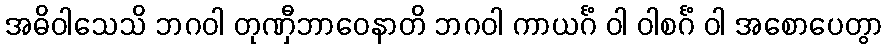
အဓိဝါသေသိ ဘဂဝါ တုဏှီဘာဝေနာတိ ဘဂဝါ ကာယင်္ဂံ ဝါ ဝါစင်္ဂံ ဝါ အစောပေတွာ